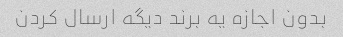
بدون اجازه یه برند دیگه ارسال کردن